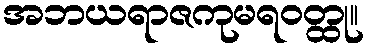
အဘယရာဇကုမရဝတ္ထု။